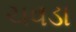
ચવડા